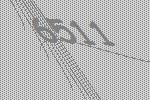
6511